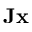
\mathbf { J x }